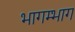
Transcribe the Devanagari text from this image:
भागम्भाग